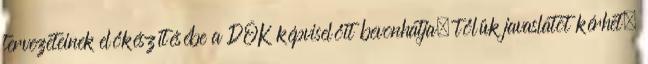
tervezeteinek előkészítésébe a DÖK képviselőit bevonhatja, tőlük javaslatot kérhet.